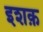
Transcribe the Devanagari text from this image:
इशक़